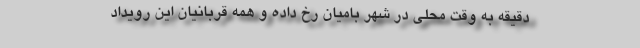
دقیقه به وقت محلی در شهر بامیان رخ داده و همه قربانیان این رویداد